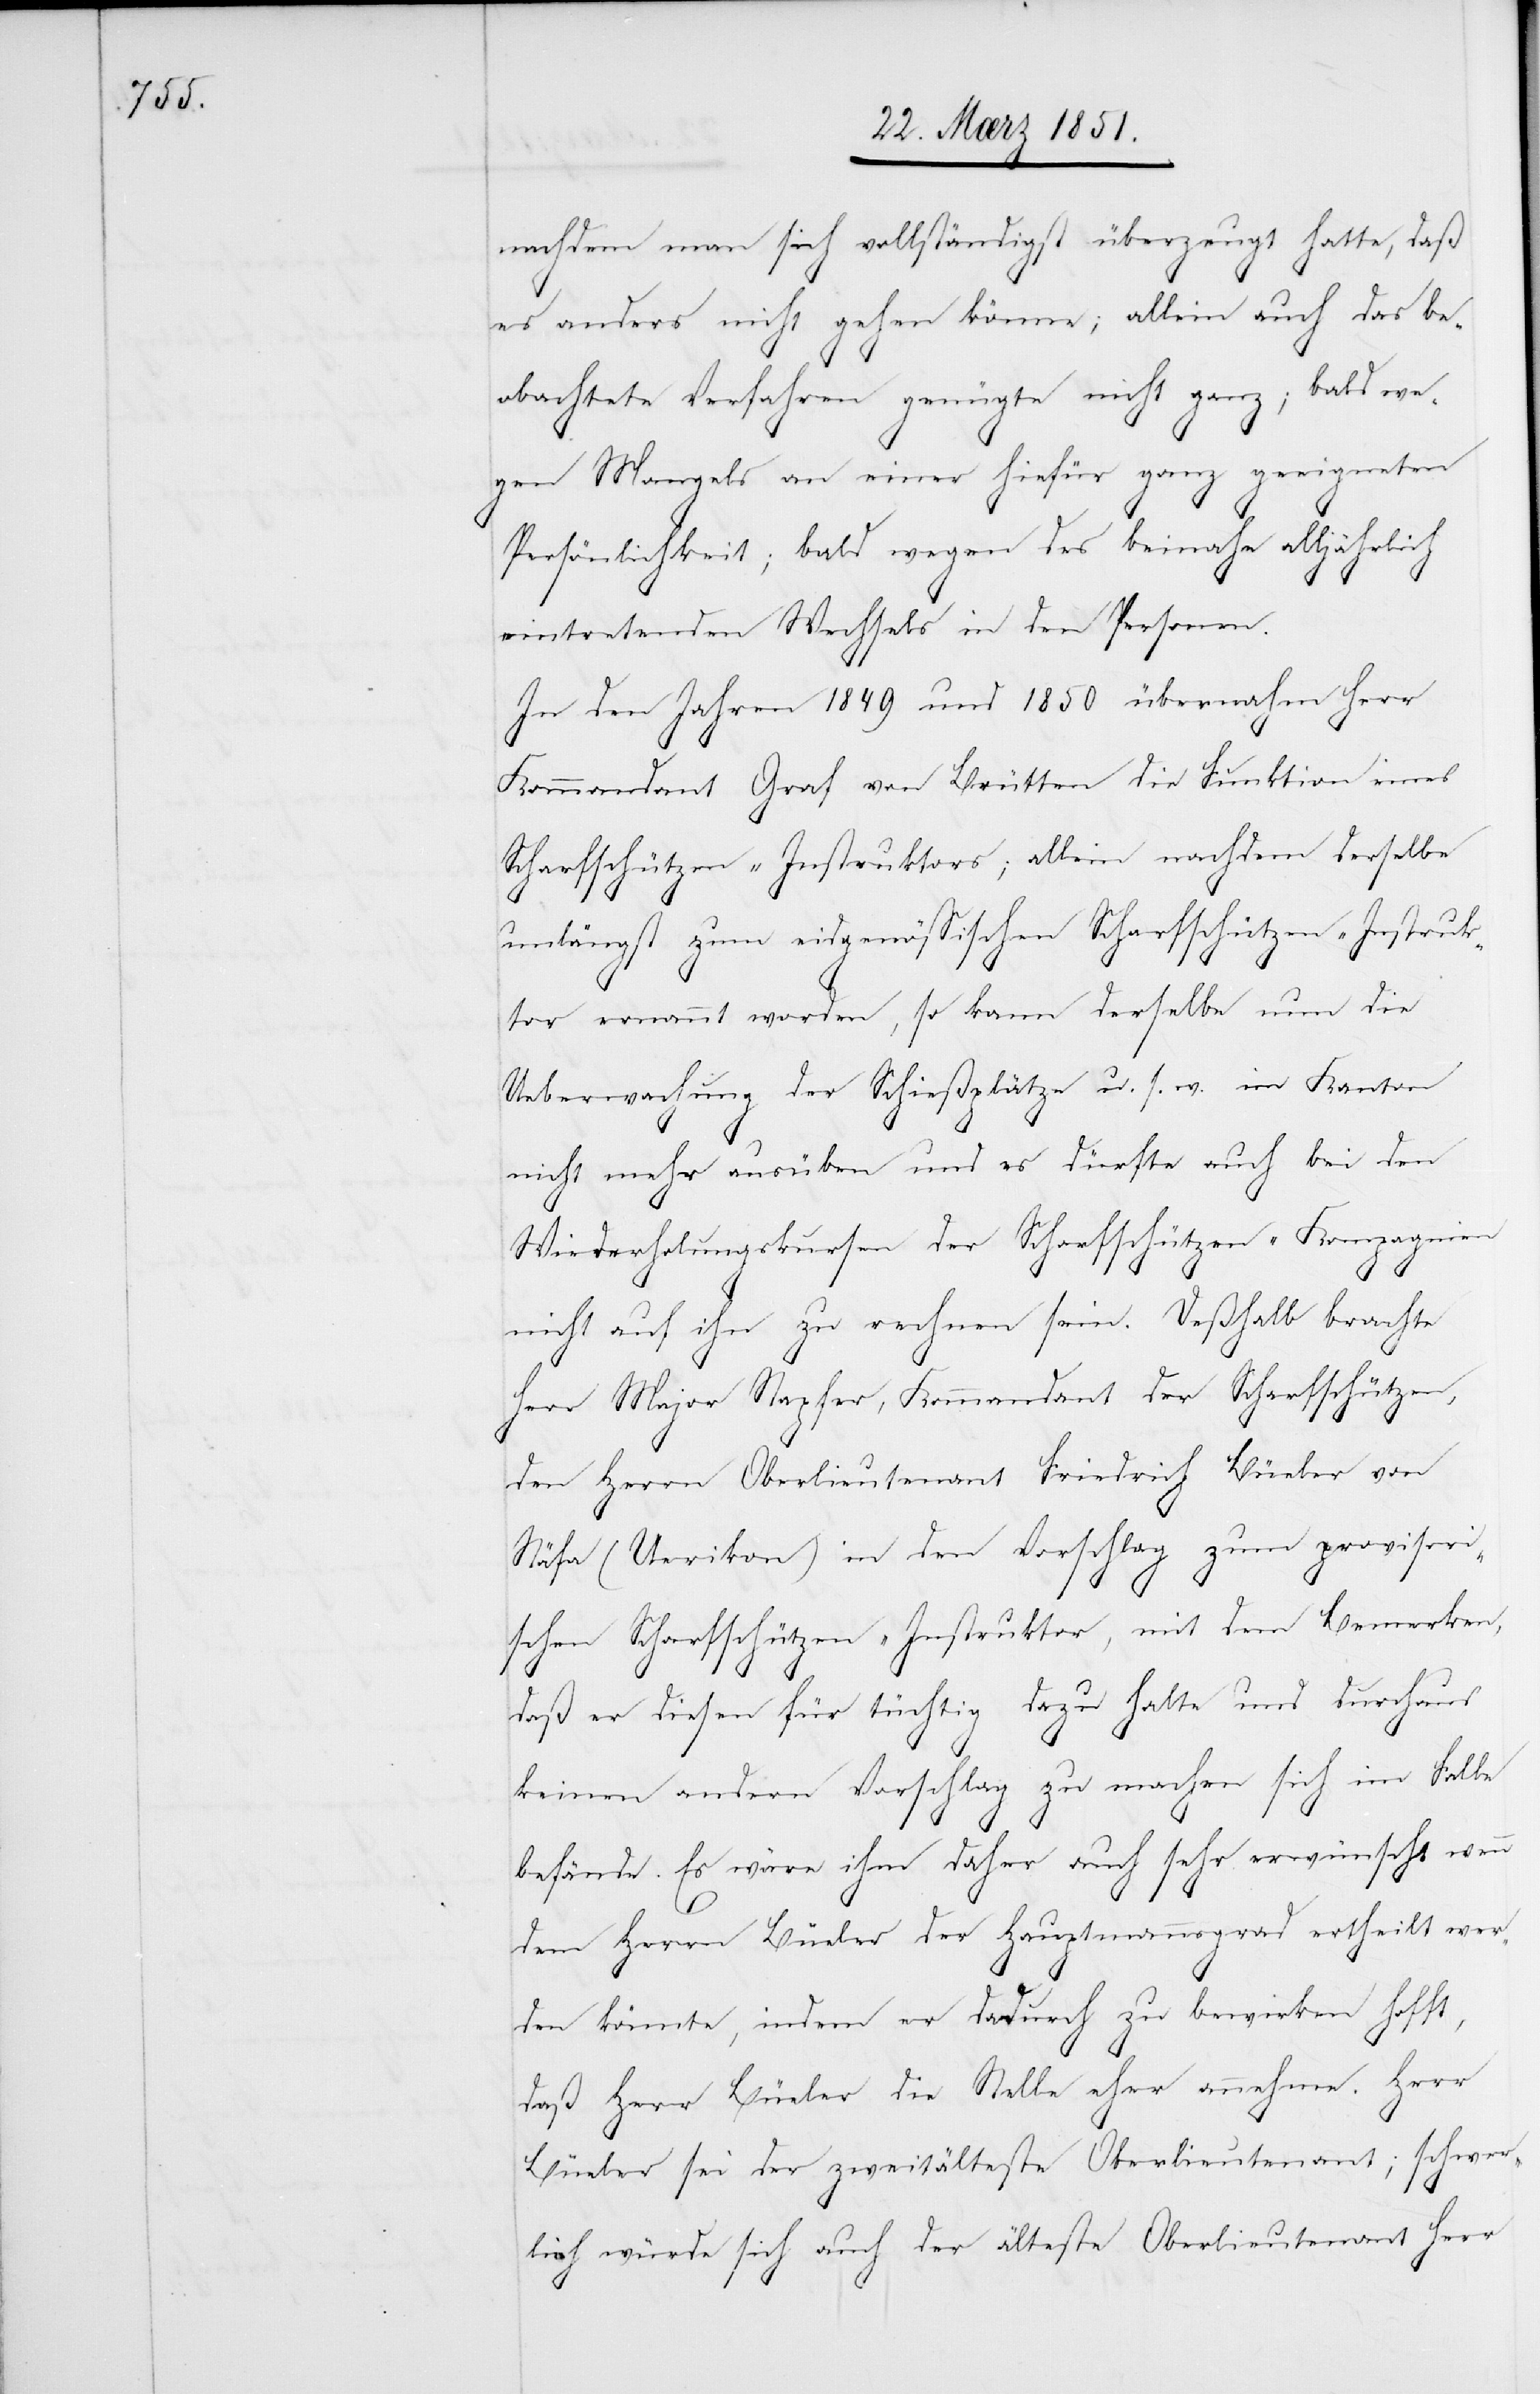
nachdem man sich vollständigst überzeugt hatte, daß
es anders nicht gehen könne; allein auch das be¬
obachtete Verfahren genügte nicht ganz; bald we¬
gen Mangels an einer hiefür ganz geeigneten
Persönlichkeit; bald wegen des beinahe alljährlich
eintretenden Wechsels in den Personen.
In den Jahren 1849 und 1850 übernahm Herr
Kommandant Graf von Brütten die Funktion eines
Scharfschützen-Instruktors; allein nachdem derselbe
unlängst zum eidgenössischen Scharfschützen-Instruk¬
tor ernannt worden, so kann derselbe nun die
Ueberwachung der Schießplätze u. s. w. im Kanton
nicht mehr ausüben und es dürfte auch bei den
Wiederholungskursen der Scharfschützen-Kompagnien
nicht auf ihn zu rechnen sein. Deßhalb brachte
Herr Major Stapfer, Kommandant der Scharfschützen,
den Herrn Oberlieutenant Friedrich Büeler von
Stäfa (Uerikon) in den Vorschlag zum provisori¬
schen Scharfschützen-Instruktor, mit dem Bemerken,
daß er diesen für tüchtig dazu halte und durchaus
keinen andern Vorschlag zu machen sich im Falle
befände. Es wäre ihm daher auch sehr erwünscht wenn
dem Herrn Büeler der Hauptmannsgrad ertheilt wer¬
den könnte, indem er dadurch zu bewirken hofft,
daß Herr Büeler die Stelle eher annehme. Herr
Büeler sei der zweitälteste Oberlieutenant; schwer¬
lich würde sich auch der älteste Oberlieutenant Herr